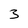
Character: 3